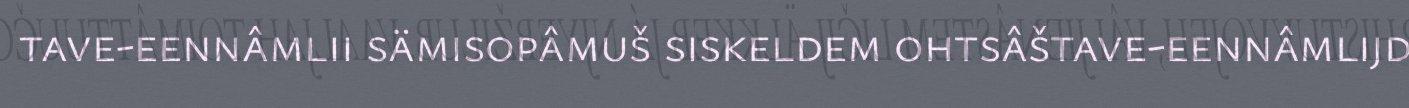
tave-eennâmlii sämisopâmuš siskeldem ohtsâštave-eennâmlijd